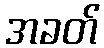
အခတ်